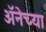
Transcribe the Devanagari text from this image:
अॅनेच्या